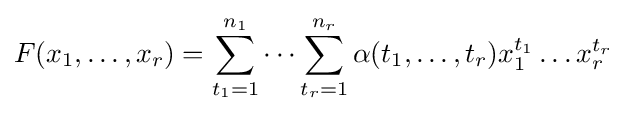
F(x_{1},\dots ,x_{r})=\sum _{t_{1}=1}^{n_{1}}\dots \sum _{t_{r}=1}^{n_{r}}\alpha (t_{1},\dots ,t_{r})x_{1}^{t_{1}}\dots x_{r}^{t_{r}}